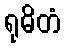
ရုဓိတံ